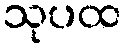
သုပထ